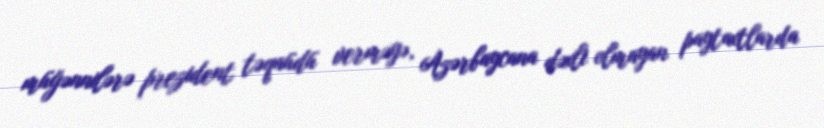
müğənnilərə prezident təqaüdü verməyə, Azərbaycana dəxli olmayan paytaxtlarda